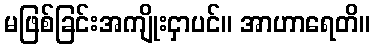
မဖြစ်ခြင်းအကျိုးငှာပင်။ အာဟာရေတိ။